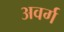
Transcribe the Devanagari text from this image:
अवर्ग